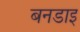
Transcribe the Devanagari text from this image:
बनडाइ